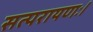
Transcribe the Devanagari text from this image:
सत्परायणः।